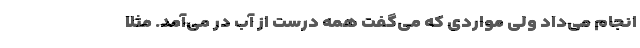
انجام می‌داد ولی مواردی که می‌گفت همه درست از آب در می‌آمد. مثلاً